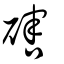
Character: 磍